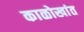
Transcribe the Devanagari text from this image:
काळोखांत